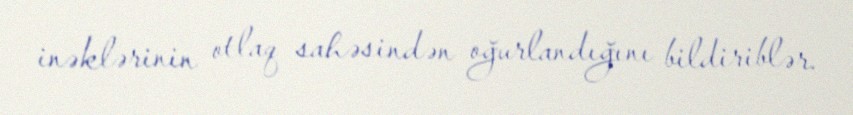
inəklərinin otlaq sahəsindən oğurlandığını bildiriblər.